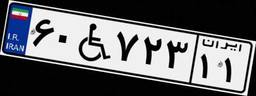
۶۰W۷۲۳۱۱